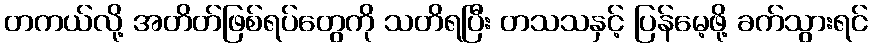
တကယ်လို့ အတိတ်ဖြစ်ရပ်တွေကို သတိရပြီး တသသနှင့် ပြန်မေ့ဖို့ ခက်သွားရင်